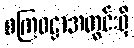
စကြဝဠာအတွင်းရှိ